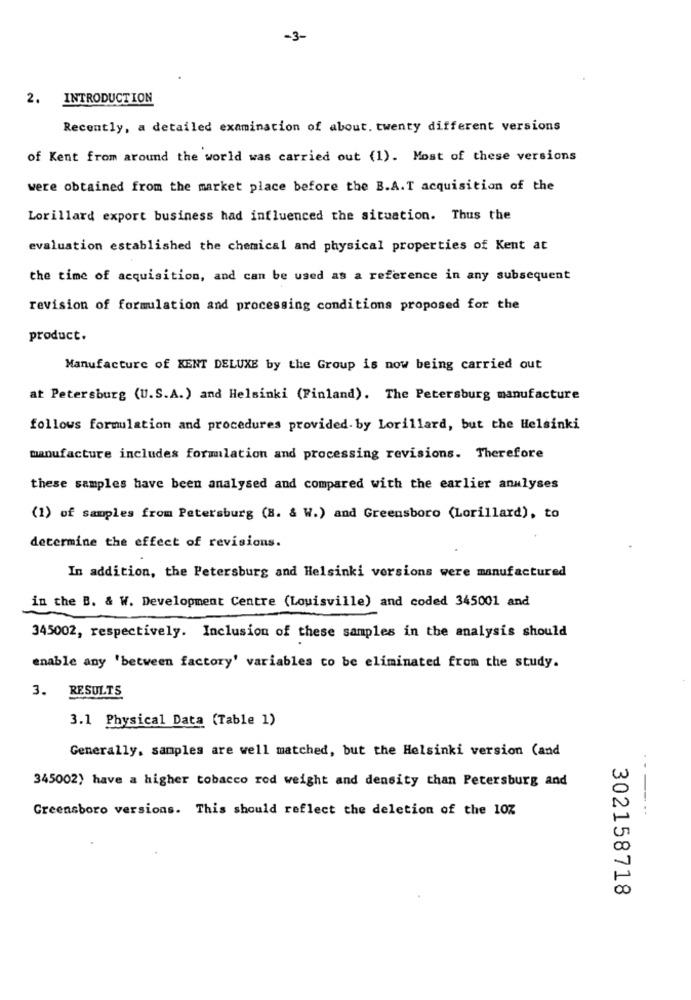
-3-
2. INTRODUCTION
Recently, a detailed examination of about. twenty different versions
of Kent from around the world was carried out (1). Most of these versions
were obtained from the market place before the B.A.T acquisition of the
Lorillard export business had influenced the situation. Thus the
evaluation established the chemical and physical properties of Kent at
the time of acquisition, and can be used as a reference in any subsequent
revision of formulation and processing conditions proposed for the
product.
Manufacture of KENT DELUXE by the Group is now being carried out
at Petersburg (U.S.A.) and Helsinki (Finland). The Petersburg manufacture
follows formulation and procedures provided. by Lorillard, but the Helsinki
manufacture includes formlation and processing revisions. Therefore
these samples have been analysed and compared with the earlier analyses
(1) of samples from Petersburg (8. & W.) and Greensboro (Lorillard), to
determine the effect of revisions.
In addition, the Petersburg and Helsinki versions were manufactured
in the B. & W. Development Centre (Louisville) and coded 345001 and
345002, respectively. Inclusion of these samples in the analysis should
enable any 'between factory' variables co be eliminated from the study.
3. RESULTS
3.1 Physical Data (Table 1)
Generally, samples are well matched, but the Helsinki version (and
345002) have a higher tobacco rod weight and density than Petersburg and
Greensboro versions. This should reflect the deletion of the 10%
302158718